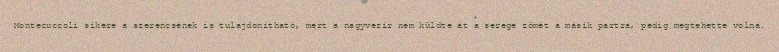
Montecuccoli sikere a szerencsének is tulajdonítható, mert a nagyvezír nem küldte át a serege zömét a másik partra, pedig megtehette volna.